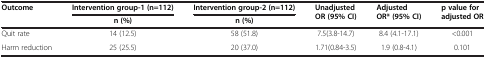
<table><thead><tr><td><b>Outcome</b></td><td><b>Intervention group-1 (n=112)</b></td><td><b>Intervention group-2 (n=112)</b></td><td><b>Unadjusted OR (95% CI)</b></td><td><b>Adjusted OR* (95% CI)</b></td><td><b>p value for adjusted OR</b></td></tr><tr><td><b> </b></td><td><b>n (%)</b></td><td><b>n (%)</b></td><td><b> </b></td><td><b> </b></td><td><b> </b></td></tr></thead><tbody><tr><td>Quit rate</td><td>14 (12.5)</td><td>58 (51.8)</td><td>7.5(3.8-14.7)</td><td>8.4 (4.1-17.1)</td><td>&lt;0.001</td></tr><tr><td>Harm reduction</td><td>25 (25.5)</td><td>20 (37.0)</td><td>1.71(0.84-3.5)</td><td>1.9 (0.8-4.1)</td><td>0.101</td></tr></tbody></table>